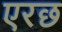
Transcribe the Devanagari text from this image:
एरछ